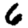
Digit: 6